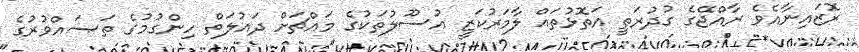
ރޮޒައިނާއެވެ ރާއްޖޭގެ ގުދުރަތީ އަތޮޅުތައް ލާމަރުކަޒީ އުސޫލުތަކުގެ މައްޗަށް ދައުލަތް ހިންގުމުގެ ތަޞައްވުރުގެ